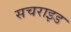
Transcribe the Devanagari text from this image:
सचराइड